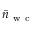
\bar { n } _ { \mathrm { ~ w ~ c ~ } }